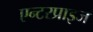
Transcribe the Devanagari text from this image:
एन्टरप्राइज